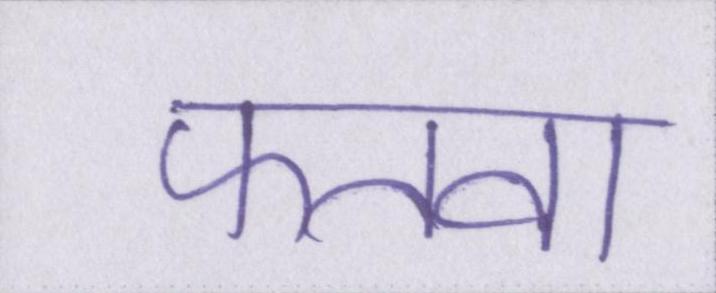
फतवा